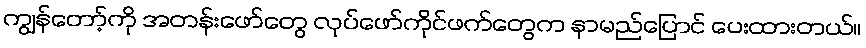
ကျွန်တော့်ကို အတန်းဖော်တွေ လုပ်ဖော်ကိုင်ဖက်တွေက နာမည်ပြောင် ပေးထားတယ်။